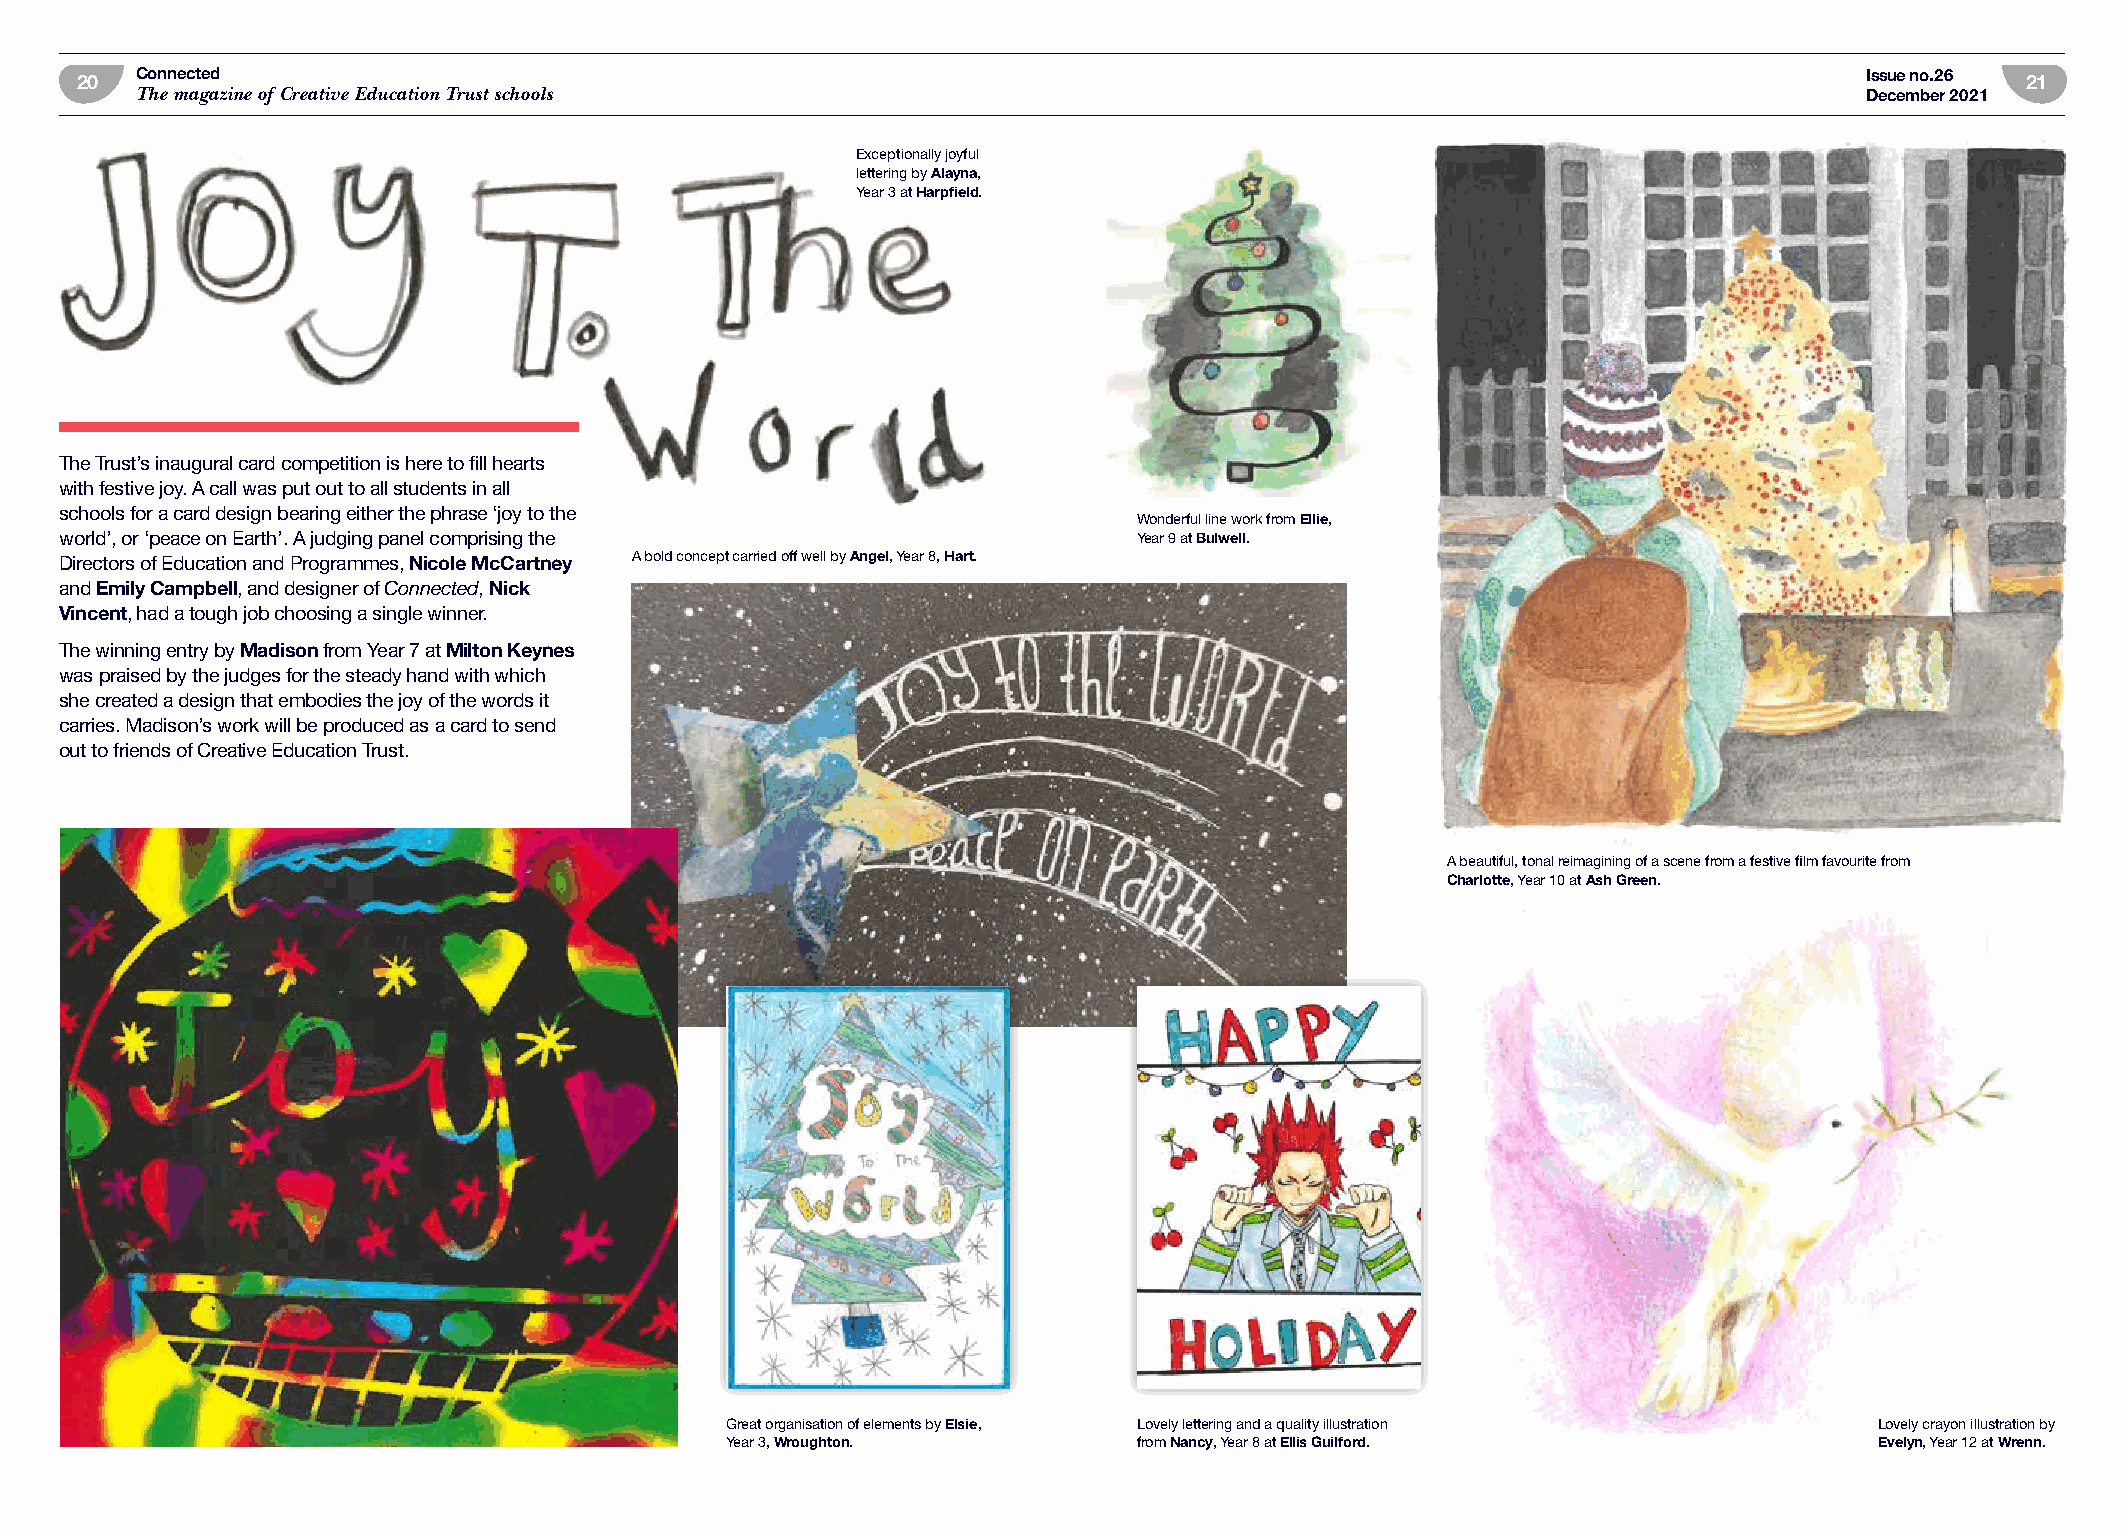
20  Connected                                                                                                          Issue no.26 21
 The magazine of Creative Education Trust schools                                                                   December 2021
 Exceptionally joyful
 lettering by Alayna,
 Year 3 at Harpfield.
 The Trust’s inaugural card competition is here to fill hearts
 with festive joy. A call was put out to all students in all
 schools for a card design bearing either the phrase ‘joy to the
 Wonderful line work from Ellie,
 world’, or ‘peace on Earth’. A judging panel comprising the            Year 9 at Bulwell.
 Directors of Education and Programmes, Nicole McCartney A bold concept carried off well by Angel, Year 8, Hart.
 and Emily Campbell, and designer of Connected, Nick
 Vincent, had a tough job choosing a single winner.
 The winning entry by Madison from Year 7 at Milton Keynes
 was praised by the judges for the steady hand with which
 she created a design that embodies the joy of the words it
 carries. Madison’s work will be produced as a card to send
 out to friends of Creative Education Trust.
 A beautiful, tonal reimagining of a scene from a festive film favourite from
 Charlotte, Year 10 at Ash Green.
 Great organisation of elements by Elsie, Lovely lettering and a quality illustration Lovely crayon illustration by
 Year 3, Wroughton.         from Nancy, Year 8 at Ellis Guilford.            Evelyn, Year 12 at Wrenn.